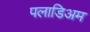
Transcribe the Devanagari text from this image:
पलाडिअम